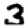
Digit: 3